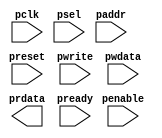
/* AMBA-APB TRIAL 2....with internal registers 
*/

module amba_apb(pclk,preset,psel,penable,pwrite,paddr,pwdata,prdata,pready);

input pclk;					// clock signal
input preset;					// reset signal
input psel;					// select signal
input penable;					// enable signal
input pwrite;					// direction signal
input [0:31] paddr;				// 32 bit address bus
input [0:31] pwdata;				// 32 bit wire data bus
output reg [0:31] prdata;			// 32 bit read data bus
input  pready;					// ready signal

reg [0:1] state,next;

parameter idle=2'b00;
parameter setup=2'b01;
parameter access=2'b10;

reg p_sel;
reg p_enable;
reg p_write;
reg [0:31]p_addr;
reg [0:31]p_wdata;
reg p_ready;

always @ (posedge pclk or negedge preset)
	if (!preset)
		state<=idle;
	else
		state<=next;

always @ (state,psel,penable,pwrite,paddr,pwdata,pready)
begin
	case (state)
		idle: begin
			p_sel=0;
			p_enable=0;
			next=setup;
	
		end

		setup: begin
			p_sel=#2 1'b1;		//SETUP state starts
			p_enable=0;
			p_addr = 32'hff;
			p_write=0;
			p_wdata=32'haa;
			next=access;
		end

		access: begin
			p_sel=1'b1;
			p_enable=#2 1'b1;	//access starts	
			

		end


	endcase
end
endmodule